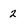
Character: 2